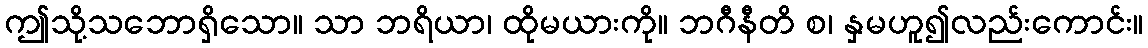
ဤသို့သဘောရှိသော။ သာ ဘရိယာ၊ ထိုမယားကို။ ဘဂီနီတိ စ၊ နှမဟူ၍လည်းကောင်း။